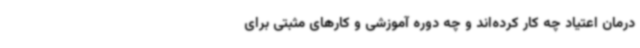
درمان اعتیاد چه کار کرده‌اند و چه دوره آموزشی و کارهای مثبتی برای